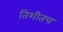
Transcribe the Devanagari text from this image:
तिशीतच